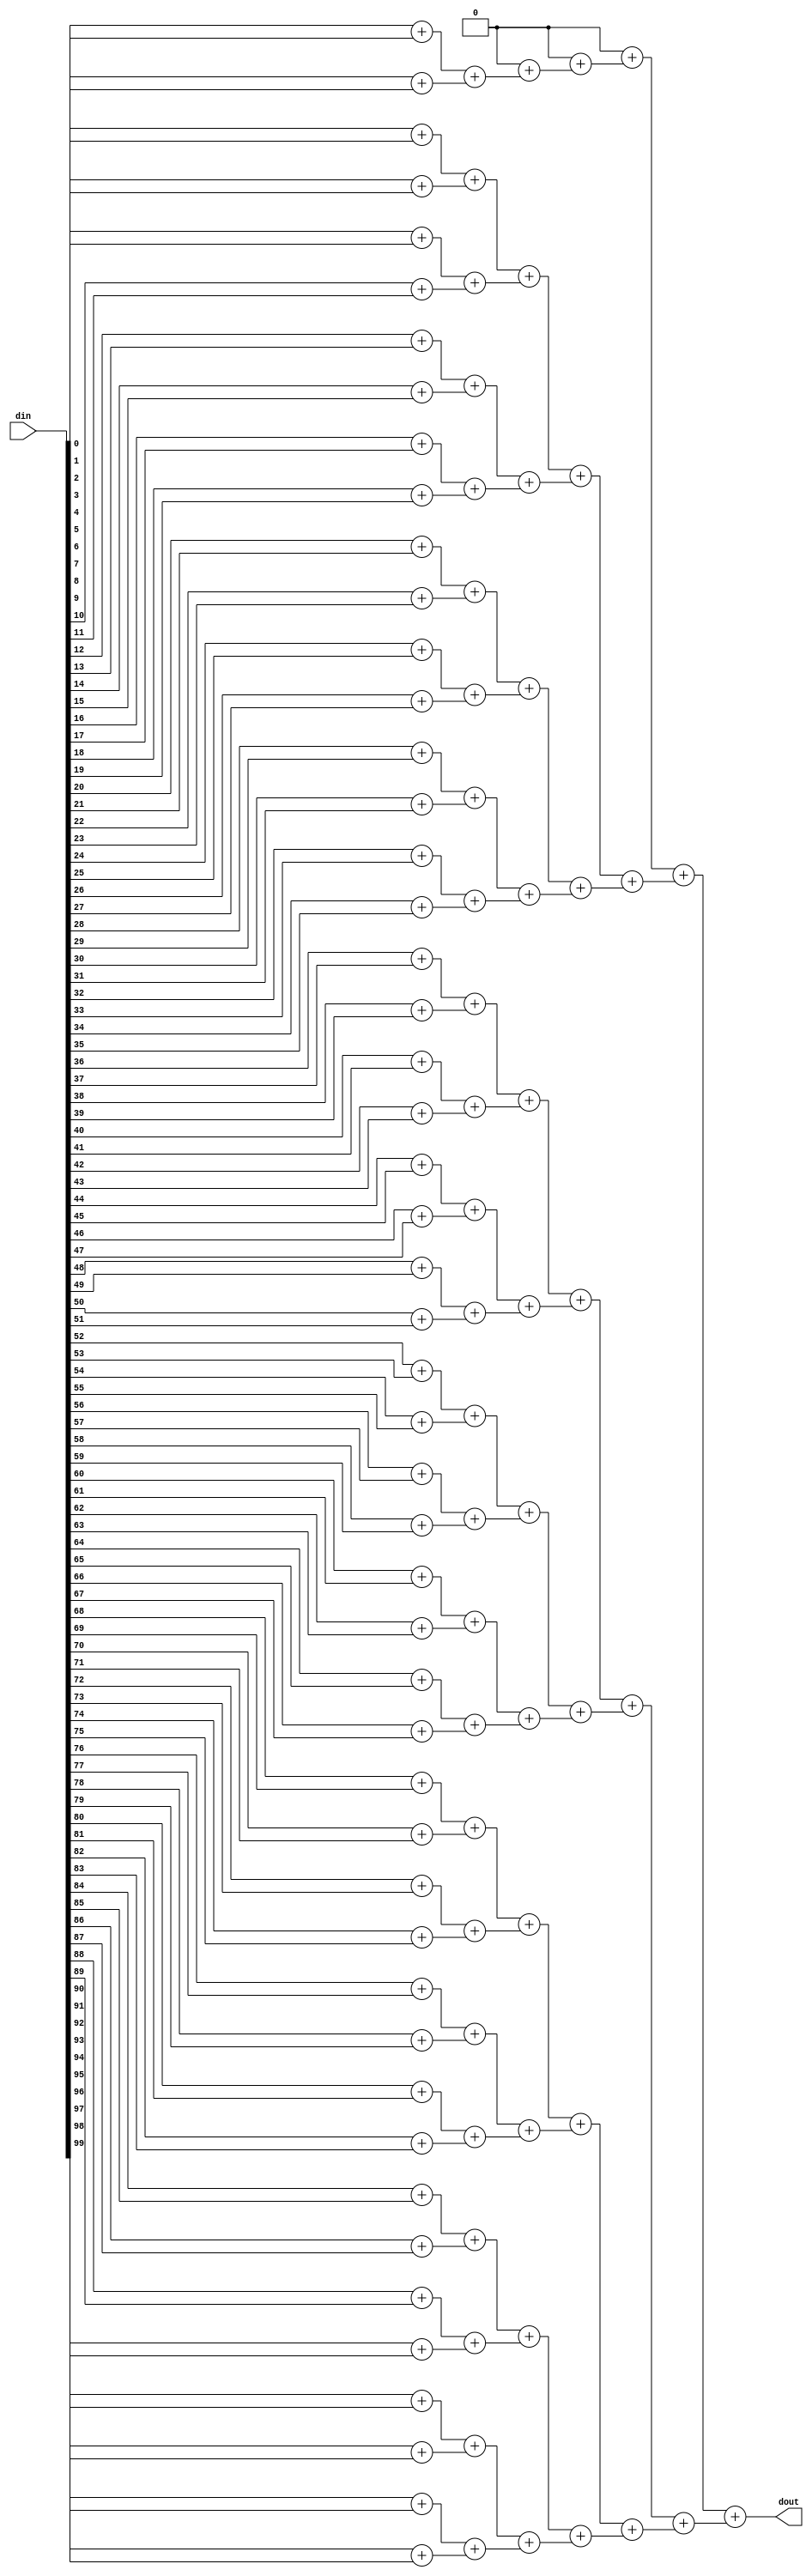
/*
	-- Calculate the SAD value of a colomn
	
	
*/

module treeadder(din, dout);
    /* Parameter definition */
	localparam NDATA = 128;
	localparam NDATA_IN = 100;
    localparam NDATA_LOG = $clog2(NDATA);
    
    /* Input/output definition */
    input [NDATA_IN-1:0] din;
    output [NDATA_LOG:0] dout;

   	/* Wire/register declaration */
    wire [NDATA-1:0] buffer = {din[NDATA_IN-1:0], {(NDATA-NDATA_IN){1'd0}}};
	
    /* Generator definition */
    genvar i,x;
    generate
        // Iterate to Log2(N) binary tree adder
        for(i=1; i<NDATA_LOG;i = i+1) begin: Add
            // Get the number of adder in one level
            localparam j = (NDATA >> i);
            // Create new data wire
            wire [i:0] data [0:j-1];

            for(x=0; x<j; x = x + 1) begin: Adder
                localparam nx = x*2;
                if (i == 1)
                    // Wiring from input wire
                    assign Add[i].data[x] = buffer[nx:nx] + buffer[nx+1:nx+1];
                else
                    // Wiring from last data wire
                    assign Add[i].data[x] = Add[i-1].data[nx] + Add[i-1].data[nx+1];
            end
        end

        // Wire output to the last data wire
        assign dout = Add[NDATA_LOG-1].data[0] + Add[NDATA_LOG-1].data[1];
    endgenerate
    
endmodule